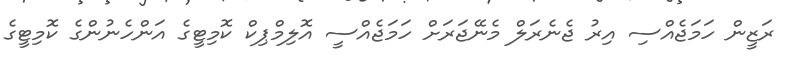
ރަޒީން ހަމަޖެއްސި އިރު ޖެނެރަލް މެނޭޖަރަށް ހަމަޖެއްސީ އޮލިމްޕިކް ކޮމިޓީގެ އަންހެނުންގެ ކޮމިޓީގެ